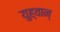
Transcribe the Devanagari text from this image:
युह्वान्